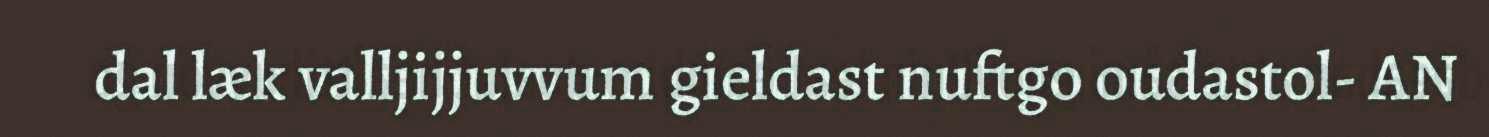
dal læk valljijjuvvum gieldast nuftgo oudastol- AN